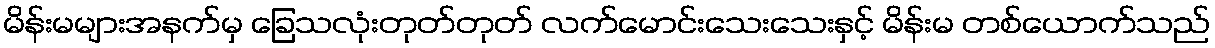
မိန်းမများအနက်မှ ခြေသလုံးတုတ်တုတ် လက်မောင်းသေးသေးနှင့် မိန်းမ တစ်ယောက်သည်